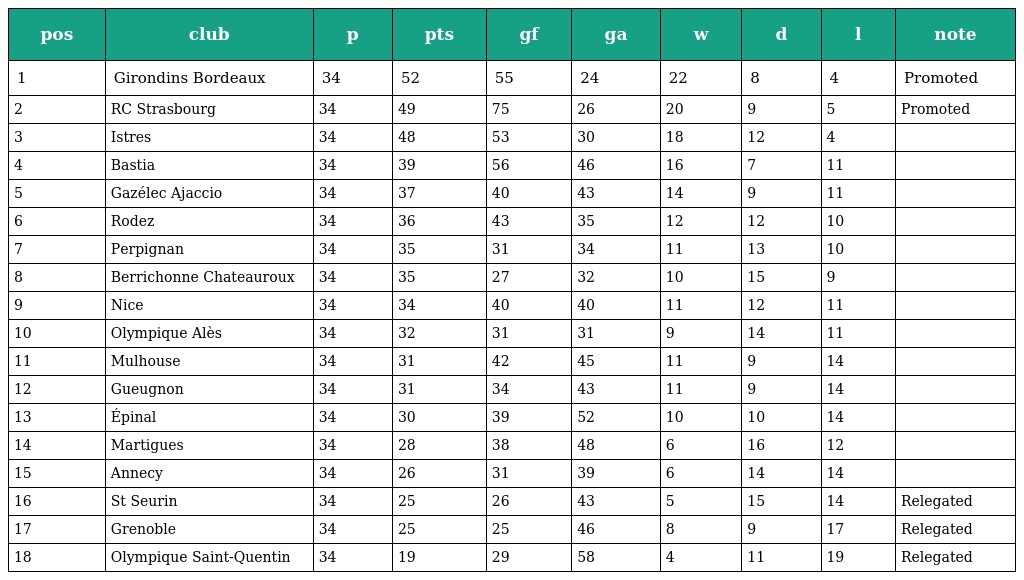
| pos | club | p | pts | gf | ga | w | d | l | note |
 | --- | --- | --- | --- | --- | --- | --- | --- | --- | --- |
 | 1 | Girondins Bordeaux | 34 | 52 | 55 | 24 | 22 | 8 | 4 | Promoted |
 | 2 | RC Strasbourg | 34 | 49 | 75 | 26 | 20 | 9 | 5 | Promoted |
 | 3 | Istres | 34 | 48 | 53 | 30 | 18 | 12 | 4 |  |
 | 4 | Bastia | 34 | 39 | 56 | 46 | 16 | 7 | 11 |  |
 | 5 | Gazélec Ajaccio | 34 | 37 | 40 | 43 | 14 | 9 | 11 |  |
 | 6 | Rodez | 34 | 36 | 43 | 35 | 12 | 12 | 10 |  |
 | 7 | Perpignan | 34 | 35 | 31 | 34 | 11 | 13 | 10 |  |
 | 8 | Berrichonne Chateauroux | 34 | 35 | 27 | 32 | 10 | 15 | 9 |  |
 | 9 | Nice | 34 | 34 | 40 | 40 | 11 | 12 | 11 |  |
 | 10 | Olympique Alès | 34 | 32 | 31 | 31 | 9 | 14 | 11 |  |
 | 11 | Mulhouse | 34 | 31 | 42 | 45 | 11 | 9 | 14 |  |
 | 12 | Gueugnon | 34 | 31 | 34 | 43 | 11 | 9 | 14 |  |
 | 13 | Épinal | 34 | 30 | 39 | 52 | 10 | 10 | 14 |  |
 | 14 | Martigues | 34 | 28 | 38 | 48 | 6 | 16 | 12 |  |
 | 15 | Annecy | 34 | 26 | 31 | 39 | 6 | 14 | 14 |  |
 | 16 | St Seurin | 34 | 25 | 26 | 43 | 5 | 15 | 14 | Relegated |
 | 17 | Grenoble | 34 | 25 | 25 | 46 | 8 | 9 | 17 | Relegated |
 | 18 | Olympique Saint-Quentin | 34 | 19 | 29 | 58 | 4 | 11 | 19 | Relegated |